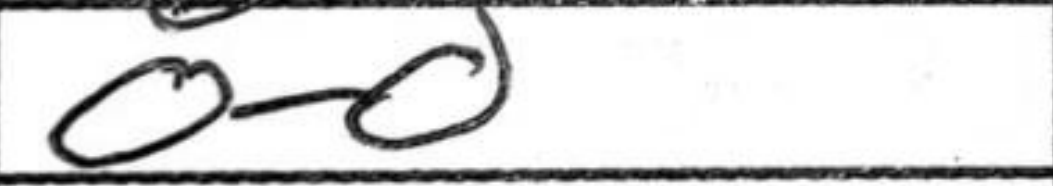
Transcription: O-O